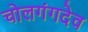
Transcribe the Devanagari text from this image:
चोलगंगदेव